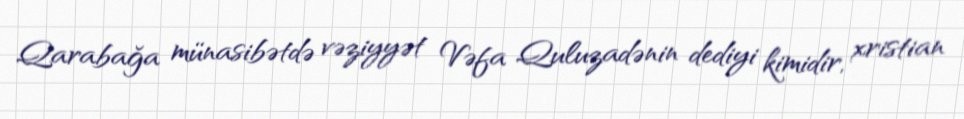
Qarabağa münasibətdə vəziyyət Vəfa Quluzadənin dediyi kimidir, xristian